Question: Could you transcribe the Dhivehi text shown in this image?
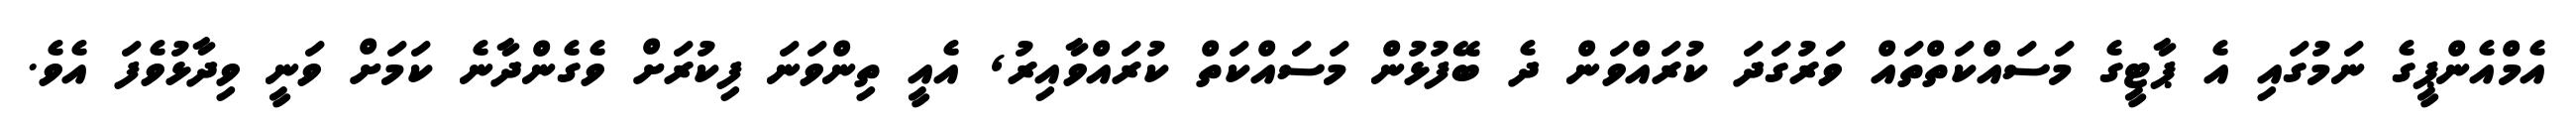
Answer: އެމްއެންޕީގެ ނަމުގައި އެ ޕާޓީގެ މަސައްކަތްތައް ވަރުގަދަ ކުރައްވަން ދެ ބޭފުޅުން މަސައްކަތް ކުރައްވާއިރު, އެއީ ތިންވަނަ ފިކުރަށް ވެގެންދާނެ ކަމަށް ވަނީ ވިދާޅުވެފަ އެވެ.